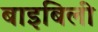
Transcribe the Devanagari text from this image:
बाइबिली